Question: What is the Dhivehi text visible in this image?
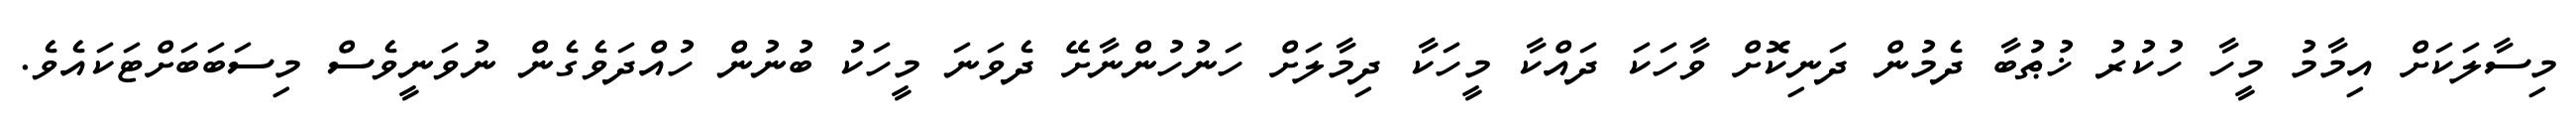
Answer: މިސާލަކަށް އިމާމު މީހާ ހުކުރު ޚުޠުބާ ދެމުން ދަނިކޮށް ވާހަކަ ދައްކާ މީހަކާ ދިމާލަށް ހަނުހުންނާށޭ ދެވަނަ މީހަކު ބުނުން ހުއްދަވެގެން ނުވަނީވެސް މިސަބަބަށްޓަކައެވެ.